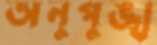
অনুপুঙ্খ